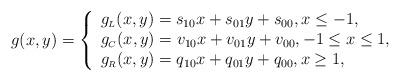
LaTeX: \begin{align*}g(x,y)=\left\{\begin{array}{ll}g_{\scriptscriptstyle L}(x,y)=s_{10}x+s_{01}y+s_{00}, x\leq -1, \\g_{\scriptscriptstyle C}(x,y)=v_{10}x+v_{01}y+v_{00}, -1\leq x\leq 1, \\g_{\scriptscriptstyle R}(x,y)=q_{10}x+q_{01}y+q_{00}, x \geq 1, \\\end{array}\right.\end{align*}